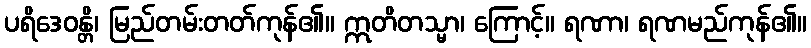
ပရိဒေဝန္တိ၊ မြည်တမ်းတတ်ကုန်၏။ ဣတိတသ္မာ၊ ကြောင့်။ ရဏာ၊ ရဏမည်ကုန်၏။